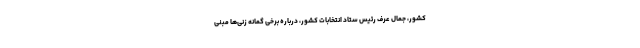
کشور، جمال عرف رئیس ستاد انتخابات کشور، درباره برخی گمانه زنی‌ها مبنی